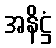
အနိဋ္ဌံ